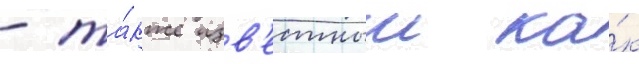
- та́кже изв'естныи ка́к